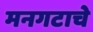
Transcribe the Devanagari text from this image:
मनगटाचे